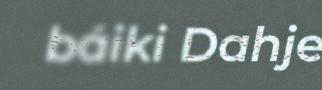
báiki Dahje